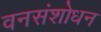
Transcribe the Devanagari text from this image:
वनसंशोधन